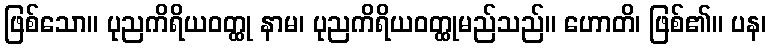
ဖြစ်သော။ ပုညကိရိယဝတ္ထု နာမ၊ ပုညကိရိယဝတ္ထုမည်သည်။ ဟောတိ၊ ဖြစ်၏။ ပန၊